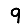
Digit: 9